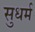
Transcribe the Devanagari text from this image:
सुधर्म